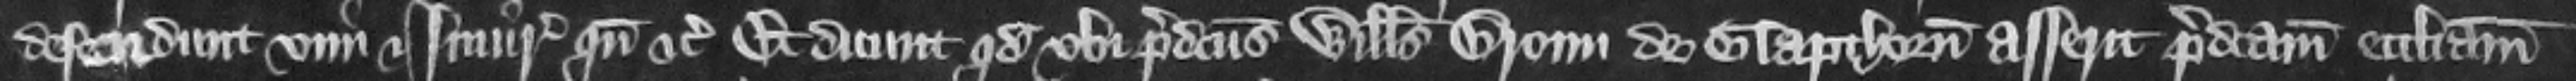
defendunt vim et iniuriam quando etc. Et dicunt quod vbi predictus Willelmus Broun de Glapthorn asserit predictam ecclesiam